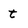
Character: t